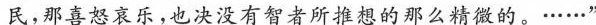
民，那喜怒哀乐，也决没有智者所推想的那么精微的。\cdots \cdots ”